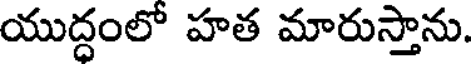
యుద్ధంలో హత మారుస్తాను.